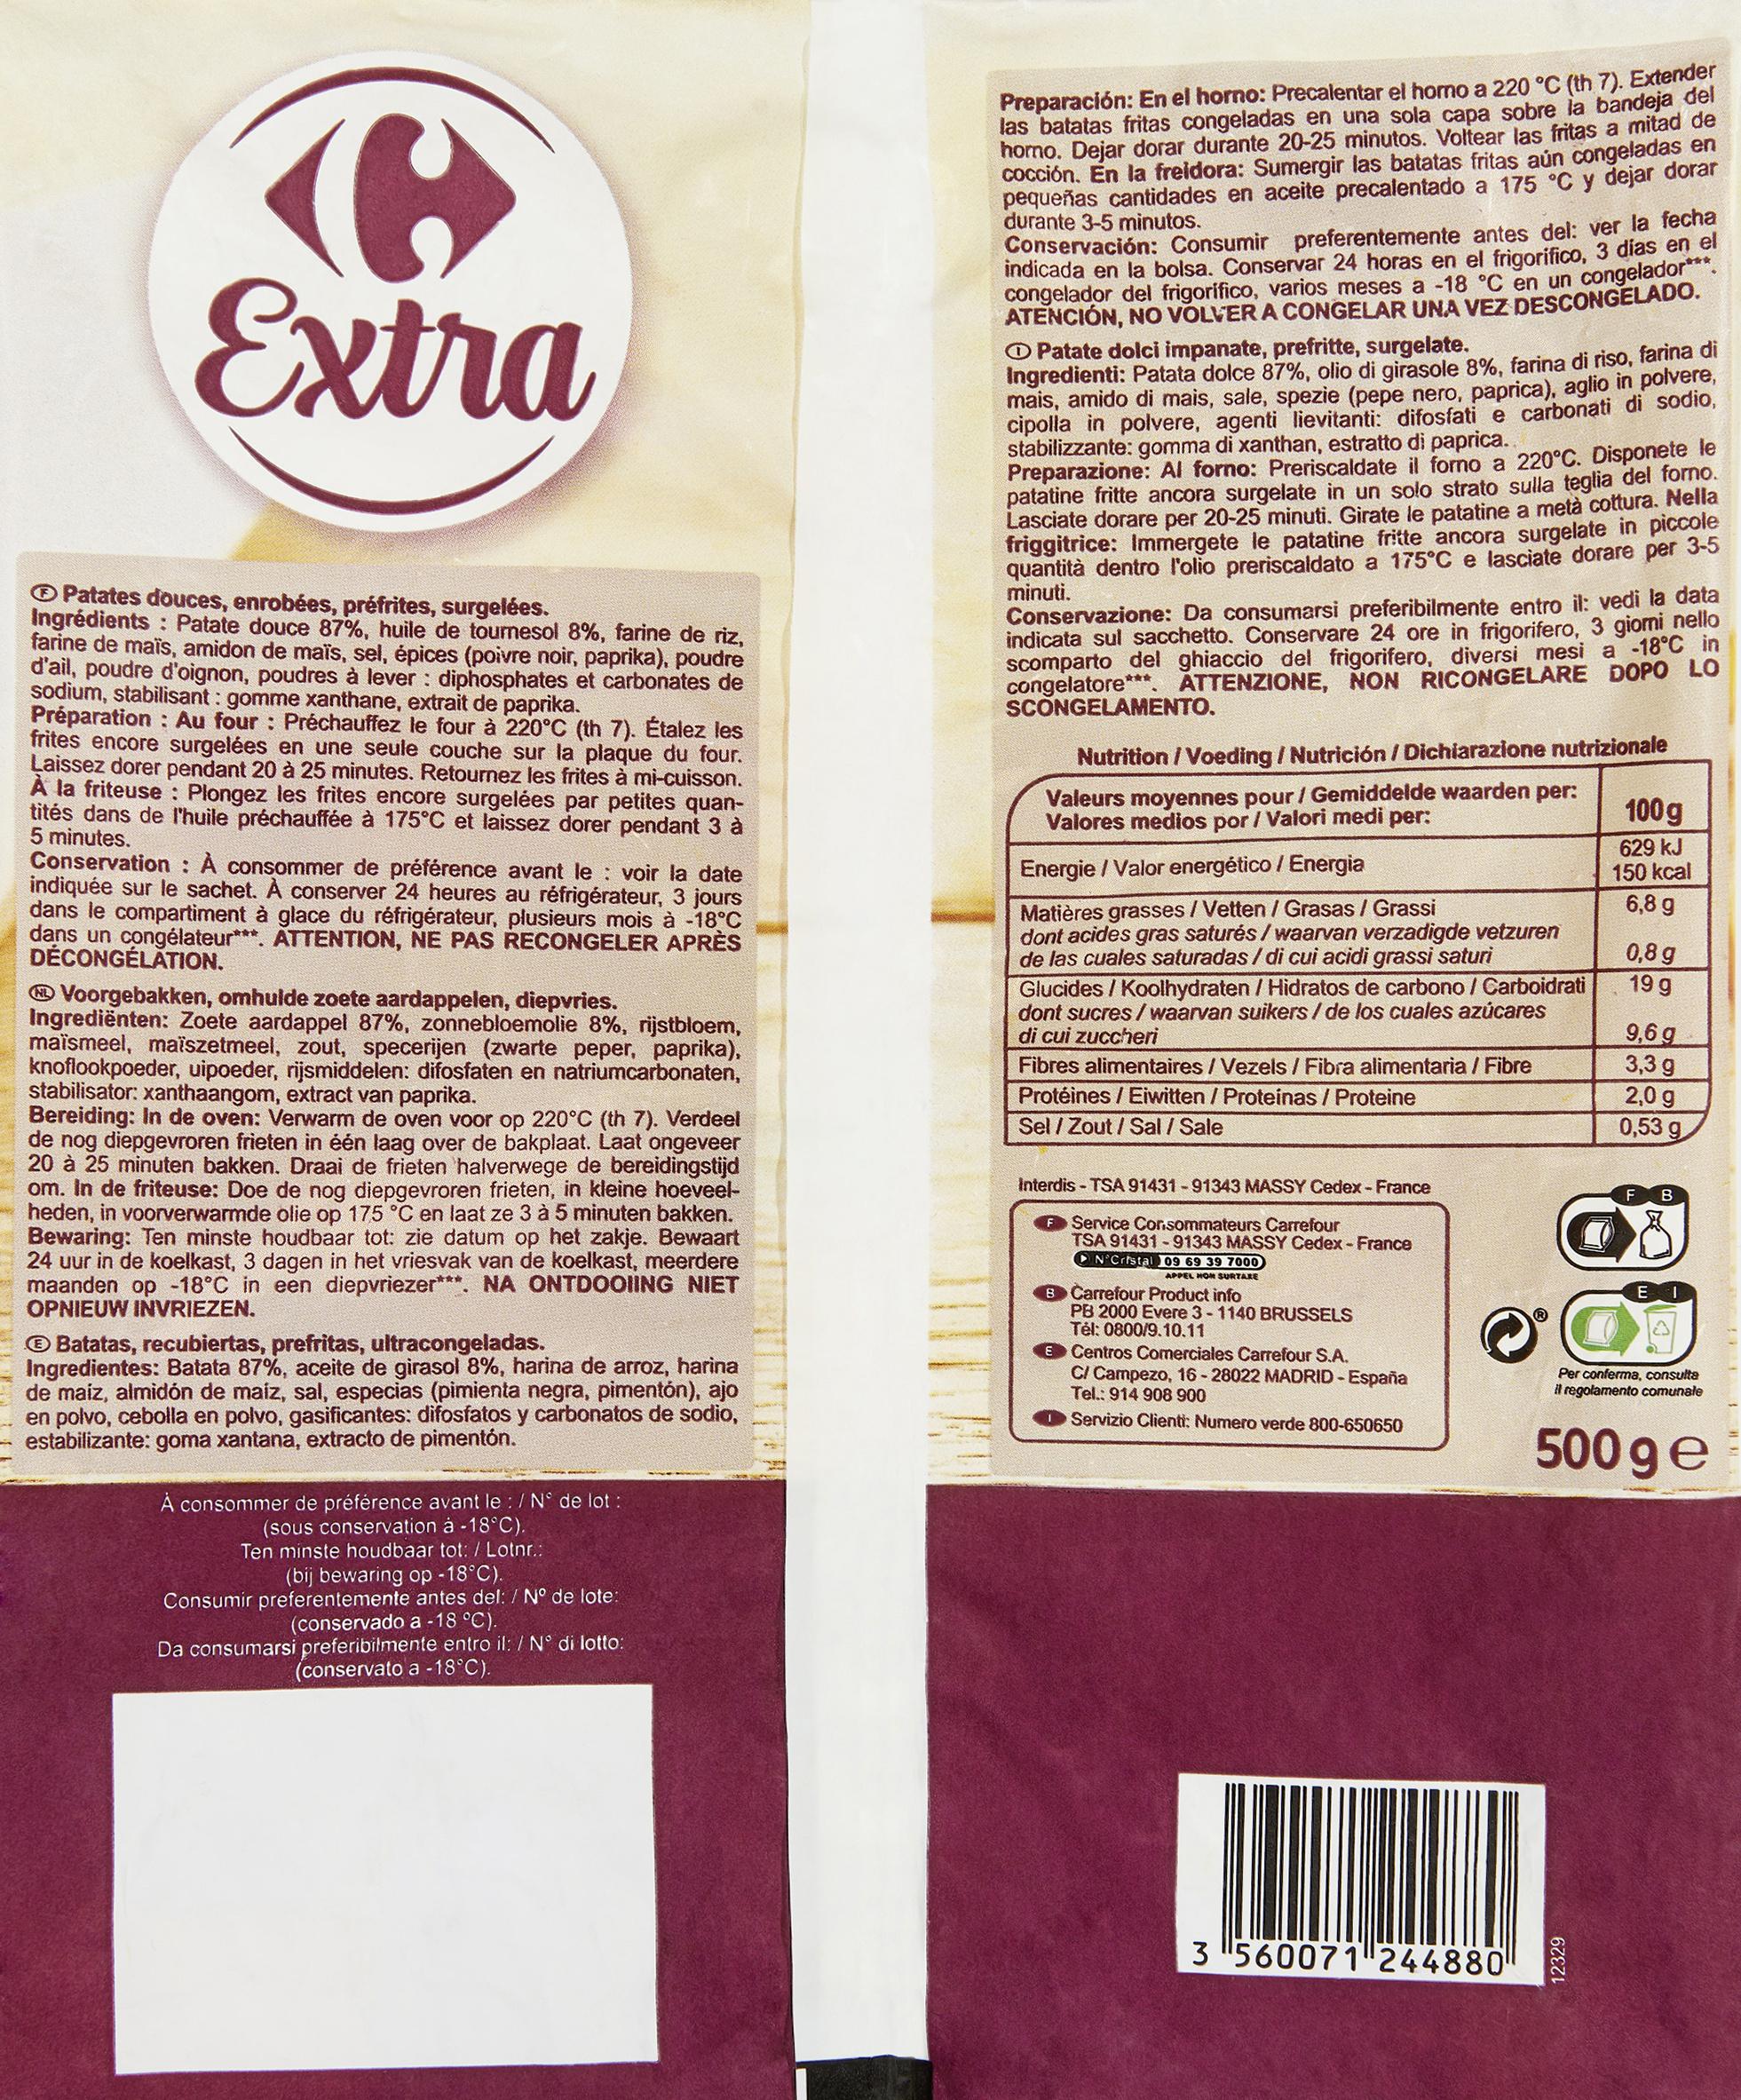
C Extra
Patates douces, enrobées, préfrites, surgelées.
Ingrédients: Patate douce 87%, huile de tournesol 8%, farine de riz, farine de maïs, amidon de maïs, sel, épices (poivre noir, paprika), poudre d'ail, poudre d'oignon, poudres à lever: diphosphates et carbonates de sodium, stabilisant: gomme xanthane, extrait de paprika. Préparation : Au four : Préchauffez le four à 220°C (th 7). Étalez les frites encore surgelées en une seule couche sur la plaque du four. Laissez dorer pendant 20 à 25 minutes. Retournez les frites à mi-cuisson. À la friteuse: Plongez les frites encore surgelées par petites quantités dans de l'huile préchauffée à 175°C et laissez dorer pendant 3 à 5 minutes.
Conservation : À consommer de préférence avant le voir la date indiquée sur le sachet. À conserver 24 heures au réfrigérateur, 3 jours dans le compartiment à glace du réfrigérateur, plusieurs mois à -18°C dans un congélateur***. ATTENTION, NE PAS RECONGELER APRÈS DÉCONGÉLATION.
Voorgebakken, omhulde zoete aardappelen, diepvries. Ingrediënten: Zoete aardappel 87%, zonnebloemolie 8%, rijstbloem, maïsmeel, maïszetmeel, zout, specerijen (zwarte peper, paprika), knoflookpoeder, uipoeder, rijsmiddelen: difosfaten en natriumcarbonaten, stabilisator: xanthaangom, extract van paprika. Bereiding: In de oven: Verwarm de oven voor op 220°C (th 7). Verdeel de nog diepgevroren frieten in één laag over bakplaat. Laat ongeveer 20 à 25 minuten bakken. Draai de frieten halverwege de bereidingstijd om. In de friteuse: Doe de nog diepgevroren frieten, in kleine hoeveelheden, in voorverwarmde olie op 175 °C en laat ze 3 à 5 minuten bakken. Bewaring: Ten minste houdbaar tot: zie datum op het zakje. Bewaart 24 uur in de koelkast, 3 dagen in het vriesvak van de koelkast, meerdere maanden op -18°C in een diepvriezer***. NA ONTDOOIING NIET OPNIEUW INVRIEZEN.
Batatas, recubiertas, prefritas, ultracongeladas. Ingredientes: Batata 87%, aceite de girasol 8%, harina de arroz, harina de maíz, almidón de maiz, sal, especias (pimienta negra, pimentón), ajo en polvo, cebolla en polvo, gasificantes: difosfatos y carbonatos de sodio, estabilizante: goma xantana, extracto de pimentón.
A consommer de préférence avant le : / N° de lot: (sous conservation à -18°C).
Ten minste houdbaar tot: / Lotnr.: (bij bewaring op -18°C).
Consumir preferentemente antes del: / N° de lote: (conservado a -18 °C).
Da consumarsi preferibilmente entro il: / N° di lotto: (conservato a -18°C).
Preparación: En el horno: Precalentar el horno a 220 °C (th 7). Extender las batatas fritas congeladas en una sola capa sobre la bandeja del horno. Dejar dorar durante 20-25 minutos. Voltear las fritas a mitad de cocción. En la freidora: Sumergir las batatas fritas aún congeladas en pequeñas cantidades en aceite precalentado a 175 °C y dejar dorar
durante 3-5 minutos.
Conservación: Consumir preferentemente antes del: ver la fecha indicada en la bolsa. Conservar 24 horas en el frigorifico, 3 días en el congelador del frigorifico, varios meses a -18 °C en un congelador*** ATENCIÓN, NO VOLVER A CONGELAR UNA VEZ DESCONGELADO. Patate dolci impanate, prefritte, surgelate.
Ingredienti: Patata dolce 87%, olio di girasole 8%, farina di riso, farina di mais, amido di mais, sale, spezie (pepe nero, paprica), aglio in polvere, cipolla in polvere, agenti lievitanti: difosfati e carbonati di sodio, stabilizzante: gomma di xanthan, estratto di paprica..
Preparazione: Al forno: Preriscaldate il forno a 220°C. Disponete le patatine fritte ancora surgelate in un solo strato sulla teglia del forno. Lasciate dorare per 20-25 minuti. Girate le patatine a metà cottura. Nella friggitrice: Immergete le patatine fritte ancora surgelate in piccole quantità dentro l'olio preriscaldato a 175°C e lasciate dorare per 3-5
minuti.
Conservazione: Da consumarsi preferibilmente entro il: vedi la data indicata sul sacchetto. Conservare 24 ore in frigorifero, 3 giomi nello scomparto del ghiaccio del frigorifero, diversi mesi a -18°C in congelatore*** ATTENZIONE, NON RICONGELARE DOPO LO SCONGELAMENTO.
Nutrition / Voeding/Nutrición / Dichiarazione nutrizionale Valeurs moyennes pour / Gemiddelde waarden per: Valores medios por / Valori medi per:
Energie / Valor energético / Energia
Matières grasses / Vetten / Grasas / Grassi dont acides gras saturés/ waarvan verzadigde vetzuren de las cuales saturadas / di cui acidi grassi saturi Glucides / Koolhydraten / Hidratos de carbono / Carboidrati dont sucres/ waarvan suikers / de los cuales azúcares di cui zuccheri
Fibres alimentaires / Vezels / Fibra alimentaria / Fibre Protéines / Eiwitten / Proteinas / Proteine Sel / Zout/Sal / Sale
Interdis - TSA 91431-91343 MASSY Cedex - France
F Service Consommateurs Carrefour
TSA 91431-91343 MASSY Cedex - France N'Cristal 09 69 39 7000
APPEL NON SURTAXE
B Carrefour Product info
PB 2000 Evere 3-1140 BRUSSELS Tél: 0800/9.10.11
E Centros Comerciales Carrefour S.A. C/ Campezo, 16-28022 MADRID - España Tel.: 914 908 900
Servizio Clienti: Numero verde 800-650650
3 "560071244880
100g 629 kJ 150 kcal 6,8 g 0,8 g 19 g 9,6 g 3,3 g 2,0 g
0,53 g
B
12329
EI
Per conferma, consulta
il regolamento comunale
500 ge